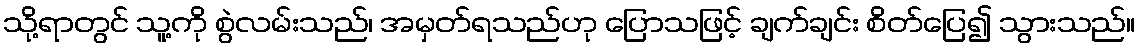
သို့ရာတွင် သူ့ကို စွဲလမ်းသည်၊ အမှတ်ရသည်ဟု ပြောသဖြင့် ချက်ချင်း စိတ်ပြေ၍ သွားသည်။